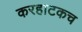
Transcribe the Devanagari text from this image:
करहाटकच